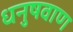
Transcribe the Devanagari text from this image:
धनुषवाण